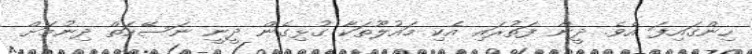
ހިންގައިފަ އެވެ. ދީން ފަތުރައި އެކި މައުލޫތަކާ ގުޅިގެން ދީނީ ނަސޭހަތް ދިނުމަށް